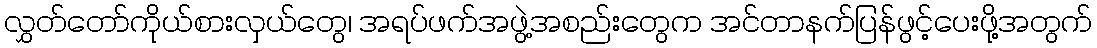
လွှတ်တော်ကိုယ်စားလှယ်တွေ၊ အရပ်ဖက်အဖွဲ့အစည်းတွေက အင်တာနက်ပြန်ဖွင့်ပေးဖို့အတွက်